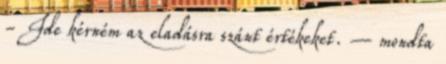
- Ide kérném az eladásra szánt értékeket. – mondta